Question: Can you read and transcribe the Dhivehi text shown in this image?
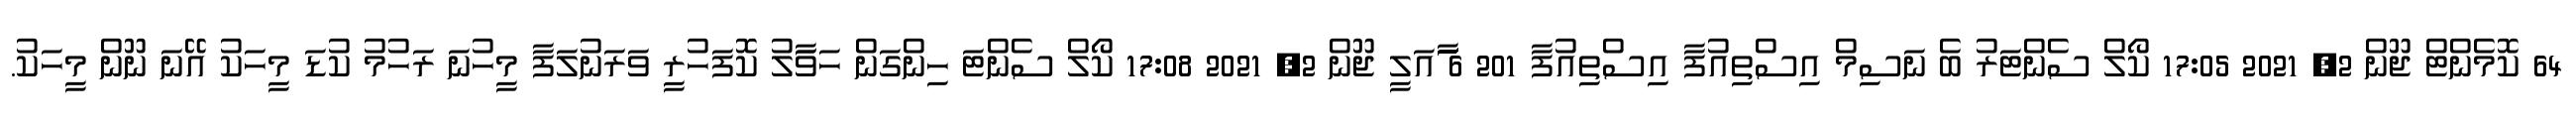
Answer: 64 ކޮމެންޓް ޖޫން 2, 2021 17:05 ކޯލް ސެންޓަރު ބެ ނަސިމް އިސްތިއުފާ އިސްތިއުފާ 201 6 ާަަަަަައަލީ ޖޫން 2, 2021 17:08 ކޯލް ސެންޓަ ހިންގަން ހަވަާލު ކޮފަހުރީ ވަރަނުލަފާ މީހުނަ ރަހުމު ކުޑަ މީހަކު އޭނަ ނޫން މީހަކު.